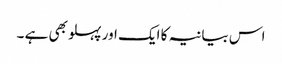
اس بیانیہ کا ایک اور پہلو بھی ہے ۔